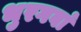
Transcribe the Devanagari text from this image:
भुरगवां